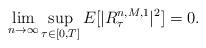
LaTeX: \begin{align*} \lim_{n\rightarrow \infty} \sup_{\tau\in [0,T]} E[| R^{n,M,1} _\tau|^2]=0.\end{align*}